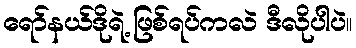
ရော်နယ်ဒိုရဲ့ ဖြစ်ရပ်ကလဲ ဒီလိုပါပဲ။